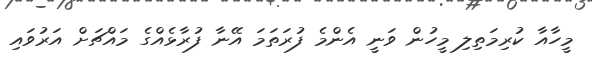
މީހާއާ ކުރިމަތިލި މީހުން ވަނީ އެންމެ ފުރަތަމަ އޭނާ ފުރާޅެއްގެ މައްޗަށް އަރުވައި